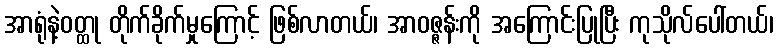
အာရုံနဲ့ဝတ္ထု တိုက်ခိုက်မှုကြောင့် ဖြစ်လာတယ်၊ အာဝဇ္ဇန်းကို အကြောင်းပြုပြီး ကုသိုလ်ပေါ်တယ်၊